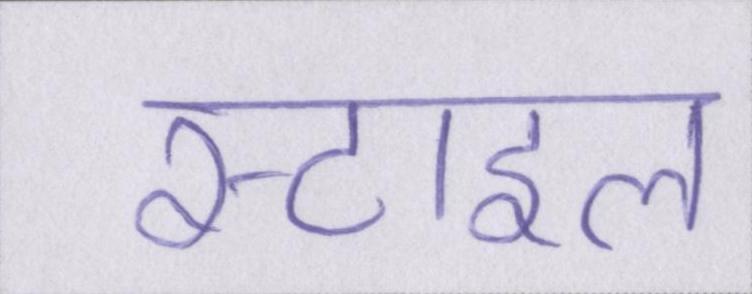
स्टाइल